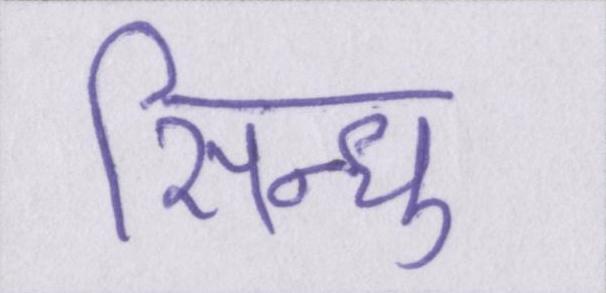
सिन्धु